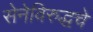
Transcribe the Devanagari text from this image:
सेनेविरुद्धचे